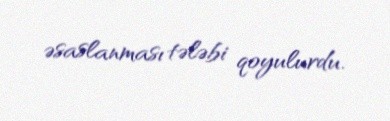
əsaslanması tələbi qoyulurdu.